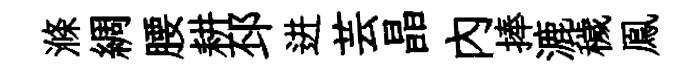
滌綢腰耕邳进芸晶內捧漉穢鳯